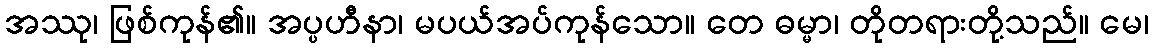
အဿု၊ ဖြစ်ကုန်၏။ အပ္ပဟီနာ၊ မပယ်အပ်ကုန်သော။ တေ ဓမ္မာ၊ တိုတရားတို့သည်။ မေ၊